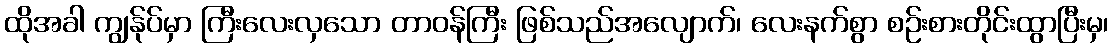
ထိုအခါ ကျွန်ုပ်မှာ ကြီးလေးလှသော တာဝန်ကြီး ဖြစ်သည်အလျောက်၊ လေးနက်စွာ စဉ်းစားတိုင်းထွာပြီးမှ၊